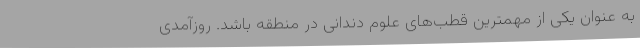
به عنوان یکی از مهمترین قطب‌های علوم دندانی در منطقه باشد. روزآمدی